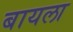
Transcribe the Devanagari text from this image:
बायला